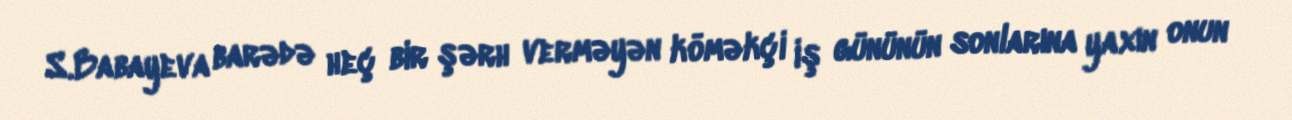
S.Babayeva barədə heç bir şərh verməyən köməkçi iş gününün sonlarına yaxın onun